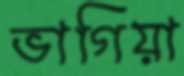
ভাগিয়া